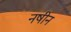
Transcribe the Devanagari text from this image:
नषीन